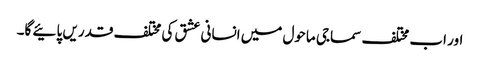
اور اب مختلف سماجی ماحول میں انسانی عشق کی مختلف قدریں پائیے گا۔